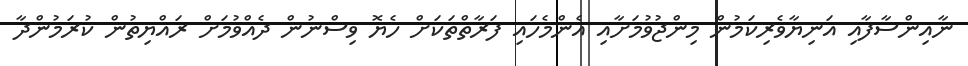
ނާއިންސާފާއި އަނިޔާވެރިކަމުން މިންޖުވުމަށާއި އެންމެހައި ފަރާތްތަކަށް ހެޔޮ ވިސްނުން ދެއްވުމަށް ރައްޔިތުން ކުރަމުންދާ